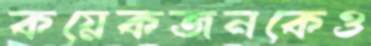
কয়েকজনকেও